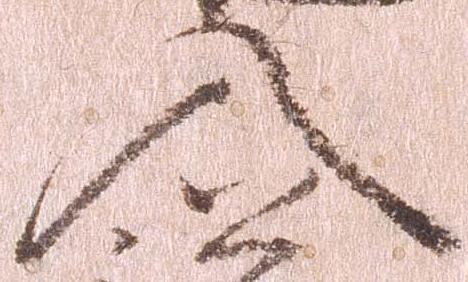
入